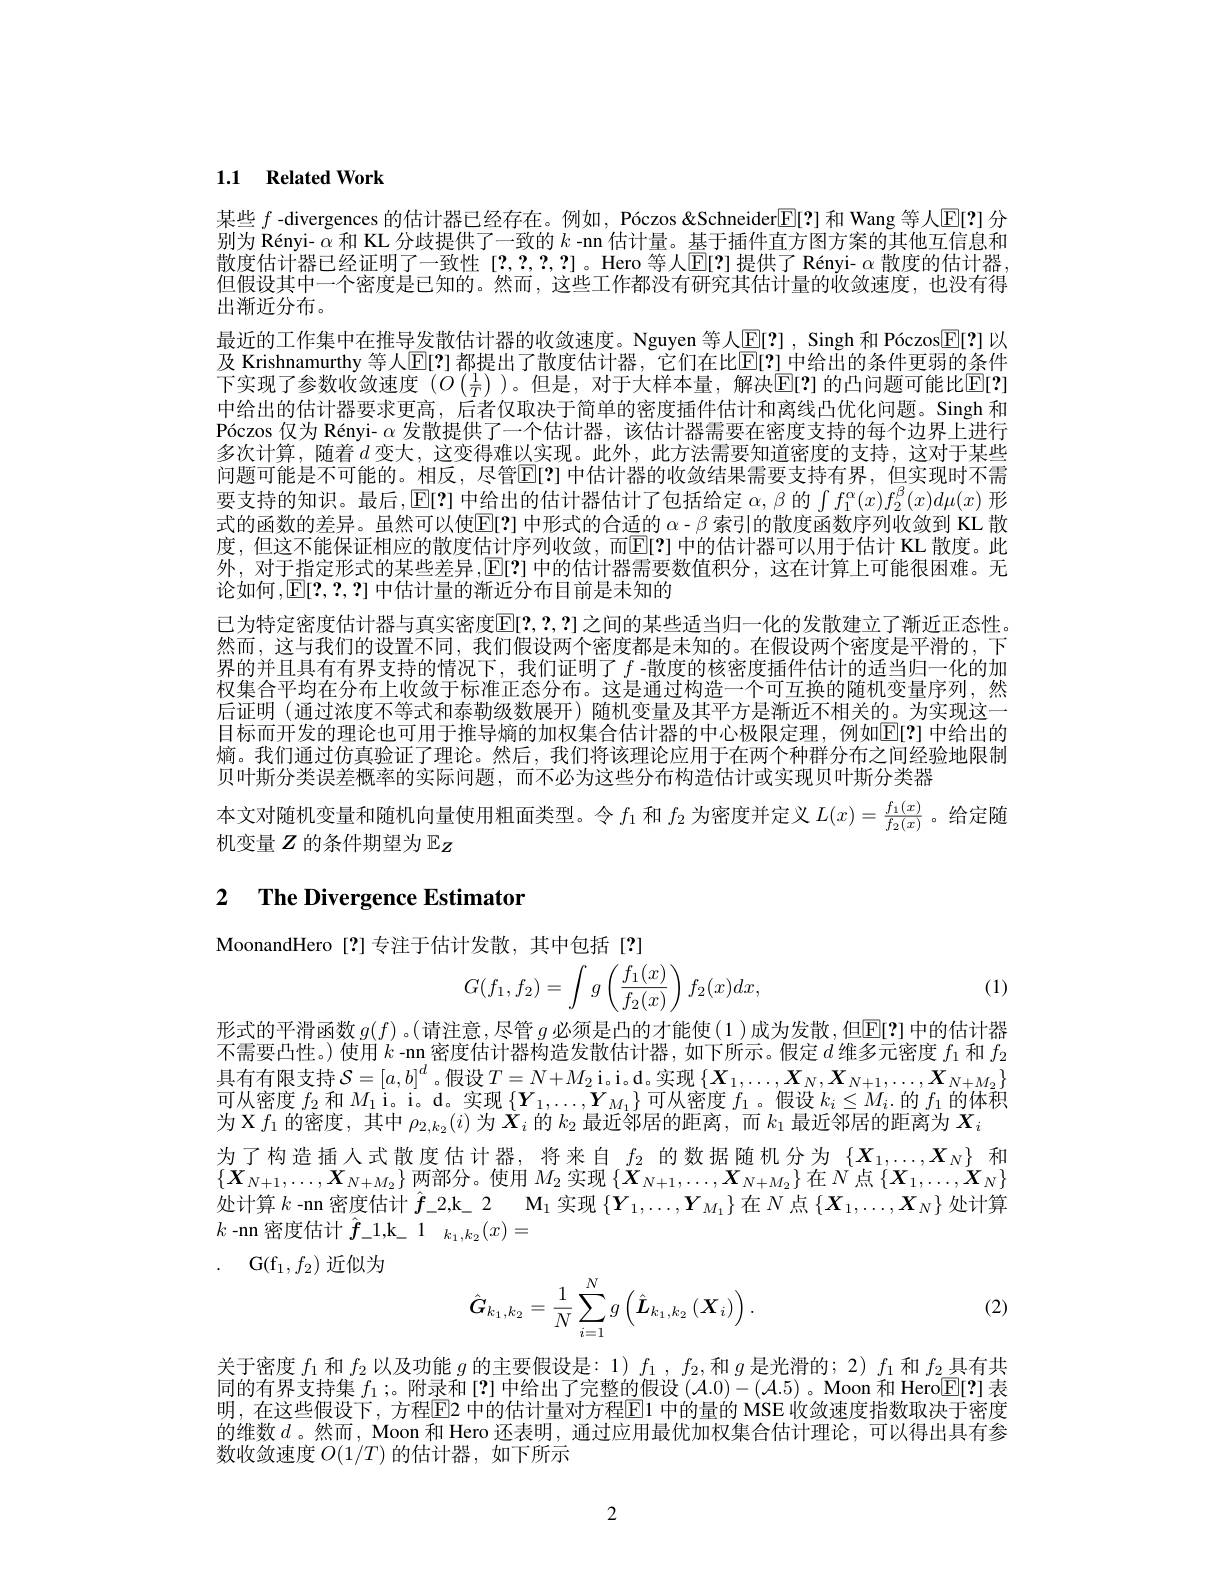
## 1.1 Related Work

某些$f$ -divergences 的估计器已经存在。例如，Póczos &Schneider$\boxed{\mathrm{E}[2]}$和 Wang 等人$\mathbb{E}[?]$分别为 Rényi- $\alpha$和 KL 分歧提供了一致的$k$ -nn 估计量。基于插件直方图方案的其他互信息和散度估计器已经证明了一致性[?,2,2,?]。Hero 等人$\mathbb{E}[?]$提供了 Rényi- $\alpha$散度的估计器， 但假设其中一个密度是已知的。然而，这些工作都没有研究其估计量的收敛速度，也没有得出渐近分布。
最近的工作集中在推导发散估计器的收敛速度。Nguyen 等人$\underline{\mathbb{E}}[?]$, Singh 和 Póczos$\underline{\mathbb{E}}[?]$ 以及 Krishnamurthy 等人$\mathbb{E}[?]$ 都提出了散度估计器，它们在比$\mathbb{E}[?]$ 中给出的条件更弱的条件下实现了参数收敛速度 $(O\left(\frac1T\right)$)。但是，对于大样本量，解决$\mathbb{E}[?]$ 的凸问题可能比$\mathbb{E}[?]$ 中给出的估计器要求更高，后者仅取决于简单的密度插件估计和离线凸优化问题。Singh 和Póczos 仅为 Rényi- $\alpha$发散提供了一个估计器，该估计器需要在密度支持的每个边界上进行多次计算，随着$d$变大，这变得难以实现。此外，此方法需要知道密度的支持，这对于某些问题可能是不可能的。相反，尽管$\mathbb{E}[?]$ 中估计器的收敛结果需要支持有界，但实现时不需要支持的知识。最后，E[?] 中给出的估计器估计了包括给定$\alpha,\beta$的$\int f_1^\alpha(x)f_2^\beta(x)d\mu(x)$形式的函数的差异。虽然可以使$\mathbb{E}[2]$中形式的合适的$\alpha-\beta$索引的散度函数序列收敛到 KL 散度，但这不能保证相应的散度估计序列收敛，而$\mathbb{E}[?]$中的估计器可以用于估计 KL 散度。此外，对于指定形式的某些差异，E[?] 中的估计器需要数值积分，这在计算上可能很困难。无论如何，E[2,2,2] 中估计量的渐近分布目前是未知的
已为特定密度估计器与真实密度$\mathbb{E}[2,2,?]$之间的某些适当归一化的发散建立了渐近正态性。然而，这与我们的设置不同，我们假设两个密度都是未知的。在假设两个密度是平滑的，下界的并且具有有界支持的情况下，我们证明了$f$-散度的核密度插件估计的适当归一化的加权集合平均在分布上收敛于标准正态分布。这是通过构造一个可互换的随机变量序列，然后证明 (通过浓度不等式和泰勒级数展开)随机变量及其平方是渐近不相关的。为实现这一目标而开发的理论也可用于推导熵的加权集合估计器的中心极限定理，例如$\overline{\mathrm{E}}[?]$ 中给出的熵。我们通过仿真验证了理论。然后，我们将该理论应用于在两个种群分布之间经验地限制贝叶斯分类误差概率的实际问题，而不必为这些分布构造估计或实现贝叶斯分类器
本文对随机变量和随机向量使用粗面类型。令$f_1$和$f_2$为密度并定义$L(x)=\frac{f_1(x)}{f_2(x)}$。给定随
机变量$Z$的条件期望为$\mathbb{E}_Z$

# 2 The Divergence Estimator

MoonandHero [?]专注于估计发散，其中包括[?]
$$G(f_1,f_2)=\int g\left(\frac{f_1(x)}{f_2(x)}\right)f_2(x)dx,$$
(1)

形式的平滑函数 $g(f)$ 。(请注意，尽管 $g$ 必须是凸的才能使(1)成为发散，但$\mathbb{E}[?]$ 中的估计器不需要凸性。)使用$k$ -nn 密度估计器构造发散估计器，如下所示。假定$d$维多元密度$f_1$和$f_2$ 具有有限支持$\mathcal{S}=[a,b]^d$。假设$T=N+M_2$i。i。d。实现$\left\{\boldsymbol X_1,\ldots,\boldsymbol X_N,\boldsymbol X_{N+1},\ldots,\boldsymbol X_{N+M_2}\right\}$ 可从密度$f_2$和$M_1$ i。i。d。实现$\{\boldsymbol Y_1,\ldots,\boldsymbol Y_{M_1}\}$可从密度$f_1$。假设$k_i\leq M_i.$的$f_1$的体积为 X $f_1$的密度，其中$\rho_2,k_2(i)$为$\tilde{\boldsymbol{X}}_i$的$k_2$最近邻居的距离，而$k_1$最近邻居的距离为$X_i$
为了构造插人式散度估计器，将来自$f_2$的数据随机分为$\{X_1,\ldots,X_N\}$ 和$\{\boldsymbol{X}_{N+1},\ldots,\boldsymbol{X}_{N+M_{2}}\}$两部分。使用$M_2$实现$\left\{\boldsymbol X_N+1,\ldots,\boldsymbol{X}_{N+M_{2}}\right\}$在$\dot{N}$点$\left\{\boldsymbol X_1,\ldots,\dot{\boldsymbol{X}}_{N}\right\}$ 处计算$k$ -nn 密度估计$\hat{f}\_2$,k\_2 M$_1$实现$\{Y_1,\ldots,Y_{M_1}\}$在$N$点$\{X_1,\ldots,X_N\}$处计算$k$-nn 密度估计$\hat{f}_-1,\mathrm{k}_-1_{k_1,k_2}(x)=$
. G( $f_{1}$, $f_{2}$) 近似为
$$\hat{\boldsymbol{G}}_{k_1,k_2}=\frac{1}{N}\sum_{i=1}^{N}g\left(\hat{\boldsymbol{L}}_{k_1,k_2}\left(\boldsymbol{X}_i\right)\right).$$
(2)

关于密度$f_1$和$f_2$以及功能$g$的主要假设是：$1)f_1,f_2$,和$g$是光滑的；2) $f_1$和$f_2$具有共同的有界支持集$f_1;$。附录和 [?] 中给出了完整的假设$(\mathcal{A}.0)-(\mathcal{A}.5)$ 。Moon 和 Hero$\mathbb{E}[?]$表明。在这些假设下。方程P2 中的估计量对方程HF1 中的最的 MSE 收敛疲度指数取决干密用的维数$d$ 。然而 , Moon 和 Hero 还表明，通过应用最优加权集合估计理论，可以得出具有参数收敛速度$O(1/T)$的估计器，如下所示

2